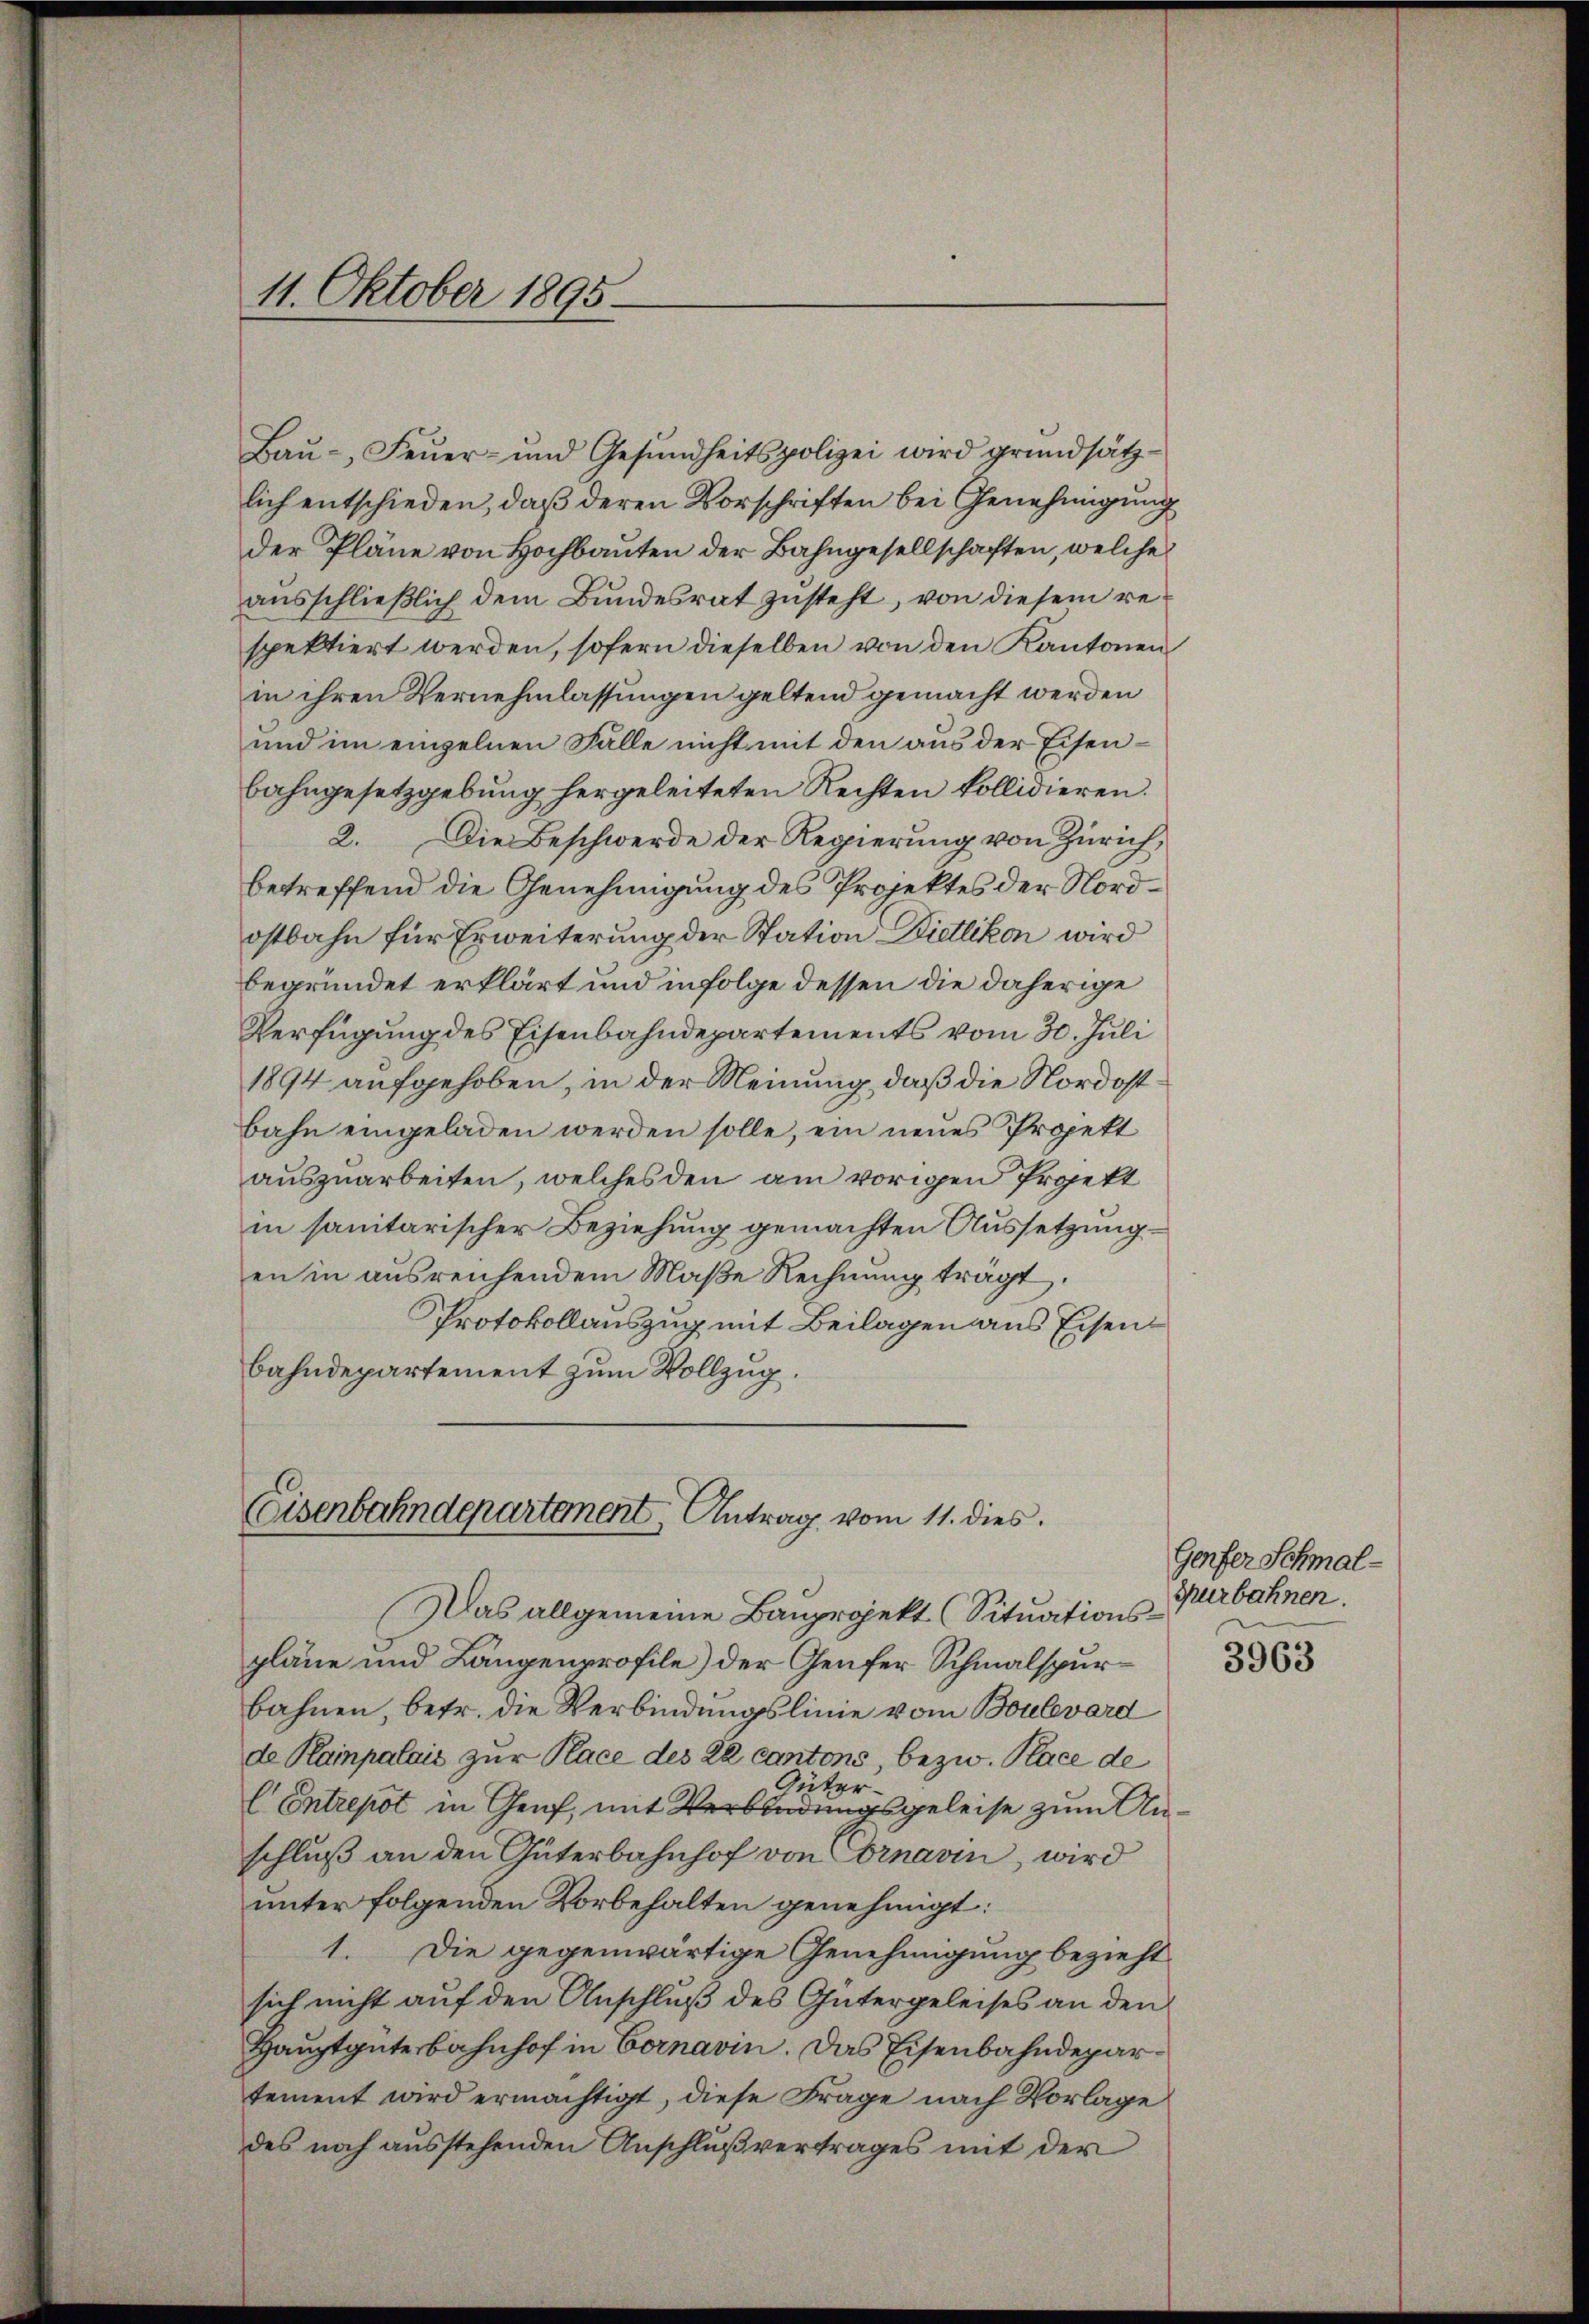
11. Oktober 1895.

Baŭ- Feŭer- und Gesŭndheitspolizei wird grundsätz-
lich entschieden, daß deren Vorschriften bei Genehmigung
der Pläne von Hochbauten der Bahngesellschaften, welche
ausschließlich dem Bundesrat zusteht, von diesem respektiert werden, sofern dieselben von den Kantonen
in ihren Vernehmlassungen geltend gemacht werden
und im einzelnen Falle nicht mit den aus der Eisenbahngesetzgebung hergeleiteten Rechten kollidieren.
2. Die Beschwerde der Regierung von Zürich,
betreffend die Genehmigung des Projektes der Nordostbahn für Erweiterung der Station Dietlikon wird
begründet erklärt und infolge dessen die daherige
Verfügung des Eisenbahndepartements vom 30. Juli
1894 aufgehoben, in der Meinung, daß die Nordostbahn eingeladen werden solle, ein neues Projekt
auszuarbeiten, welches den am vorigen Projekt
in sanitarischer Beziehung gemachten Aussetzungen in ausreichendem Maβe Rechnung tragt.
Protokollauszug mit Beilagen aus Eisenbahndepartement zum Vollzug.
Eisenbahndepartement. Antrag vom 11. dies
Das allgemeine Bauprojekt (Situationspläne und Längenprofile) der Genfer Schmalspurbahnen, betr. die Verbindungslinie vom Boulevard
de Kampalais zur Place des 22 cantons, bezw. Place de
Güter¬
Entrepot in Genf, mit Verbindungsgeleise zum Anschluß an den Güterbahnhof von Cornarin, wird
unter folgenden Vorbehalten genehmigt:
1. Die gegenwärtige Genehmigung bezieht
sich nicht auf den Anschluß des Gütergeleises an den
Hauptgute Bahnhof in Cornavin. Das Eisenbahndepartement wird ermächtigt, diese Frage nach Vorlage
des noch ausstehenden Anschlußvertrages mit der

Genfer Schmal-
Surbahnen.

3963